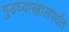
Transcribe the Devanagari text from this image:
गुडघ्याखालपर्यंत